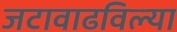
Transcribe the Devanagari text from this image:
जटावाढविल्या